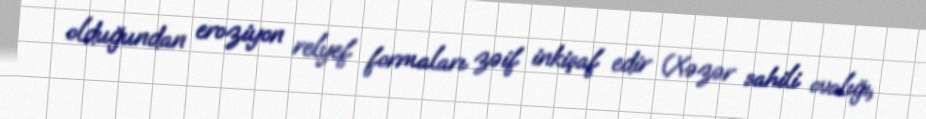
olduğundan eroziyon relyef formaları zəif inkişaf edir (Xəzər sahili ovalığı,